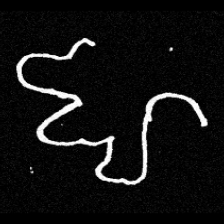
Pyu character \u2014 Myanmar letter: ဈ (romanized: jha)